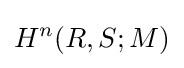
H^{n}(R,S;M)